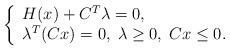
LaTeX: \begin{align*}\left\lbrace \begin{array}{l}H(x)+C^T\lambda=0,\\ \lambda^T(Cx)=0, \; \lambda\geq 0, \; Cx \leq 0.\end{array}\right. \end{align*}